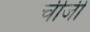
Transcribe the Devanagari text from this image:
चीजी